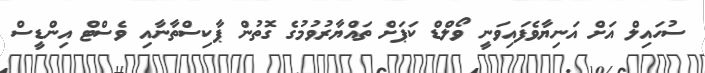
ސުހައިލް އަށް އަނިޔާވެފައިވަނީ ވޯލްޑް ކަޕަށް ތައްޔާރުވުމުގެ ގޮތުން ޕާކިސްތާނާއި ވެސްޓް އިންޑީސް